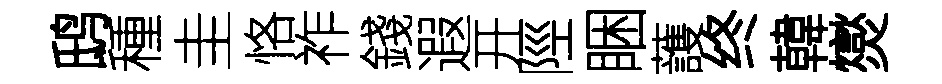
鸱種圭恪祚錢遐开陘睏䕶终韓爕